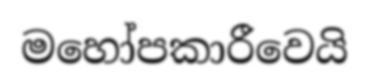
මහෝපකාරීවෙයි